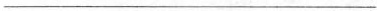
___